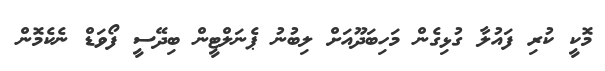
މޮކީ ކުރި ފައުލާ ގުޅިގެން މަހިބަދޫއަށް ލިބުނު ޕެނަލްޓީން ބިދޭސީ ފޯވަޑް ނެކެމޮން